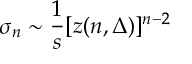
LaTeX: \sigma _ { n } \sim \frac { 1 } { s } [ z ( n , \Delta ) ] ^ { n - 2 }